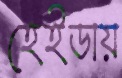
হেইডায়